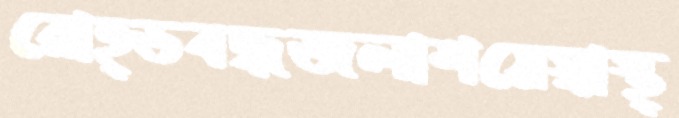
রোহ্ডবদ্ধজলাশয়েস্বাস্থ্